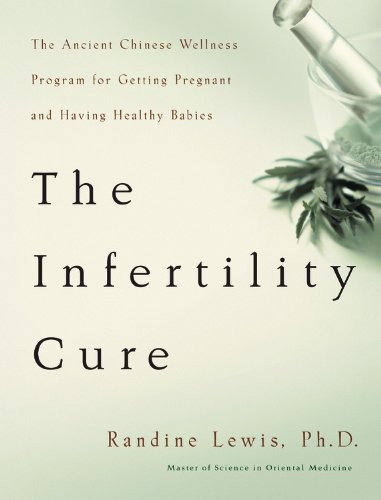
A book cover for The Infertility Cure: The Ancient Chinese Wellness Program for Getting             Pregnant and Having Healthy Babies; Randine Lewis; Parenting & Relationships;